Leaving Certificate Examination (including Day School Certificate (Higher) General paper), 1930
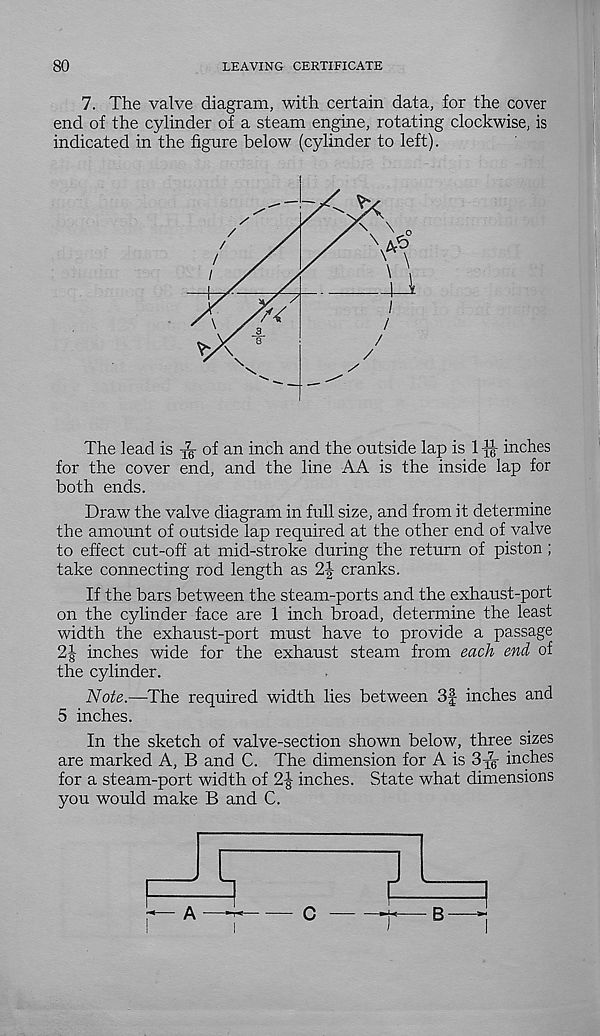
LEAVING CERTIFICATE
7. The valve diagram, with certain data, for the cover
end of the cylinder of a steam engine, rotating clockwise, is
indicated in the figure below (cylinder to left).
The lead is ^ of an inch and the outside lap is
inches
for the cover end, and the line AA is the inside lap for
both ends.
Draw the valve diagram in full size, and from it determine
the amount of outside lap required at the other end of valve
to effect cut-off at mid-stroke during the return of piston;
take connecting rod length as 2| cranks.
If the bars between the steam-ports and the exhaust-port
on the cylinder face are 1 inch broad, determine the least
width the exhaust-port must have to provide a passage
2| inches wide for the exhaust steam from each end of
the cylinder.
Note.—The required width lies between 3f inches and
5 inches.
In the sketch of valve-section shown below, three sizes
are marked A, B and C. The dimension for A is
inches
for a steam-port width of 2-g- inches. State what dimensions
you would make B and C.